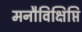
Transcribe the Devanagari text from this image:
मनौविक्षिप्ति